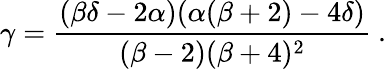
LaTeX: \gamma=\frac{(\beta\delta-2\alpha)(\alpha(\beta+2)-4\delta)}{(\beta-2)(\beta+4)^{2}}\ .